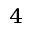
_ 4